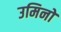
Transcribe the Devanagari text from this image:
उमिनो